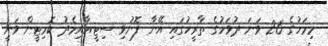
މިމަހުގެ 26 ވަނަ ދުވަހުގެ ތާރީހުގައި އޭނާ ފޮނުވި ސިޓީއާއިމެދު ކޮމިޓީން ވަނީ